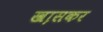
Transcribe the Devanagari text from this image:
खा़सकर